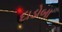
દાડોબા